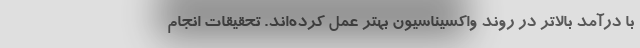
با درآمد بالاتر در روند واکسیناسیون بهتر عمل کرده‌اند. تحقیقات انجام